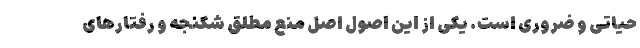
حیاتی و ضروری است. یکی از این اصول اصل منع مطلق شکنجه و رفتارهای